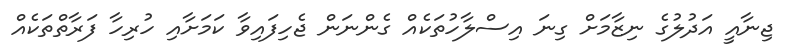
ޖިނާއީ އަދުލުގެ ނިޒާމަށް ގިނަ އިސްލާހުތަކެއް ގެންނަން ޖެހިފައިވާ ކަމަށާއި ހުރިހާ ފަރާތްތަކެއް